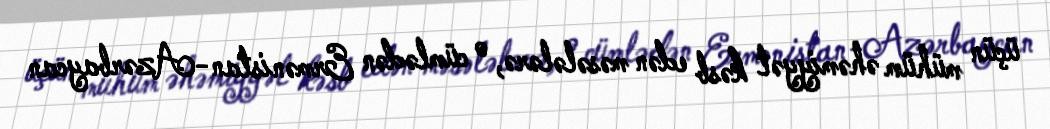
üçün mühüm əhəmiyyət kəsb edən məsələlərə, o cümlədən Ermənistan-Azərbaycan